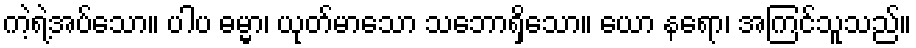
ကဲ့ရဲ့အပ်သော။ ပါပ ဓမ္မာ၊ ယုတ်မာသော သဘောရှိသော။ ယော နရော၊ အကြင်သူသည်။